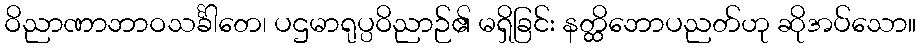
ဝိညာဏာဘာဝသင်္ခါတေ၊ ပဌမာရုပ္ပဝိညာဉ်၏ မရှိခြင်း နတ္ထိဘောပညတ်ဟု ဆိုအပ်သော။